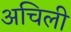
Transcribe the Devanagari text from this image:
अचिली